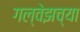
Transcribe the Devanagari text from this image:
गल्वेझच्या